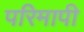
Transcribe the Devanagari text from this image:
परिमापी